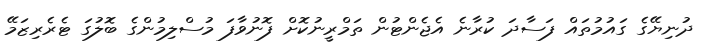
ދުނިޔޭގެ ގައުމުތައް ފަސާދަ ކުރާނެ އެޖެންޓުން ތަމްރީނުކޮށް ފޮނުވާފަ މުސްލިމުންގެ ބޮލުގަ ޓެރެރިޒަމޭ